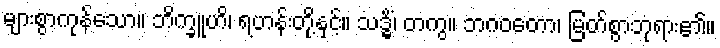
များစွာကုန်သော။ ဘိက္ခူဟိ၊ ရဟန်းတို့နှင့်။ သဒ္ဓိံ၊ တကွ။ ဘဂဝတော၊ မြတ်စွာဘုရား၏။